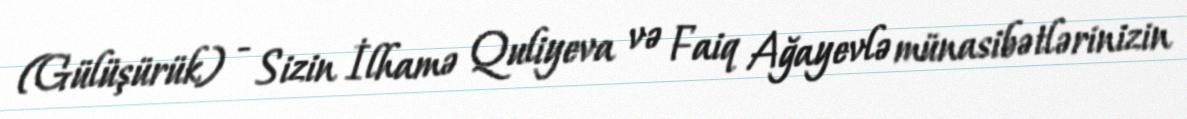
(Gülüşürük) - Sizin İlhamə Quliyeva və Faiq Ağayevlə münasibətlərinizin